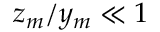
z _ { m } / y _ { m } \ll 1